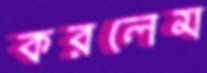
করলেম